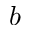
^ Ḋ b Ḍ